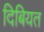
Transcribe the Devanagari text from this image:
दिबियत